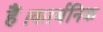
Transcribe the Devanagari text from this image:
हैं।कार्बनिक